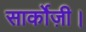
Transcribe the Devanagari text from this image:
सार्कोज़ी।